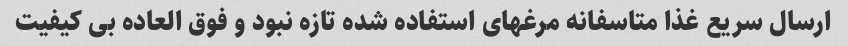
ارسال سریع غذا متاسفانه مرغهای استفاده شده تازه نبود و فوق العاده بی کیفیت